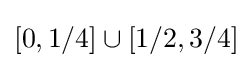
[0,1/4]\cup [1/2,3/4]